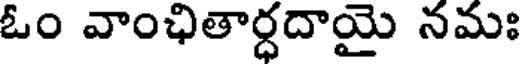
ఓం వాంఛితార్ధదాయై నమః